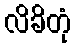
လိခိတုံ